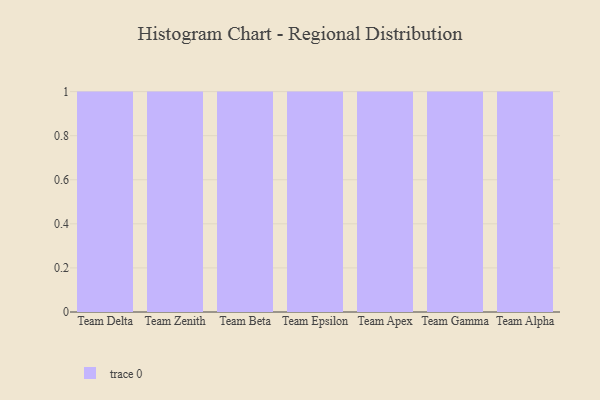
{"axis": {"x": "Team", "y": "Demand Index"}, "legend": [""], "data": [{"x": "Team Delta", "y": 38, "type": ""}, {"x": "Team Zenith", "y": 71, "type": ""}, {"x": "Team Beta", "y": 44, "type": ""}, {"x": "Team Epsilon", "y": 59, "type": ""}, {"x": "Team Apex", "y": 30, "type": ""}, {"x": "Team Gamma", "y": 96, "type": ""}, {"x": "Team Alpha", "y": 6, "type": ""}]}